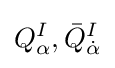
Q_{\alpha }^{I},{\bar {Q}}_{\dot {\alpha }}^{I}